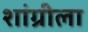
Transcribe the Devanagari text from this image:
शांग्रीला